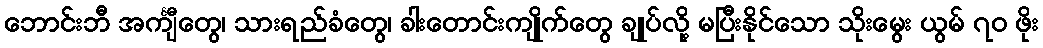
ဘောင်းဘီ အင်္ကျီတွေ၊ သားရည်ခံတွေ၊ ခါးတောင်းကျိုက်တွေ ချုပ်လို့ မပြီးနိုင်သော သိုးမွေး ယွမ် ၇၀ ဖိုး